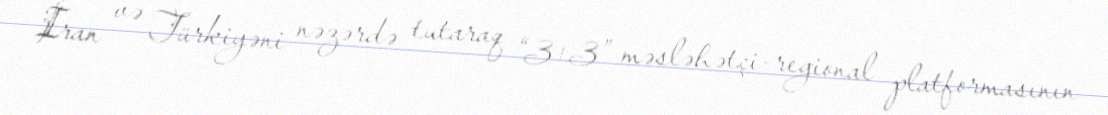
İran və Türkiyəni nəzərdə tutaraq “3+3” məsləhətçi-regional platformasının